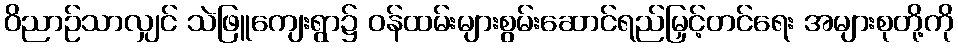
ဝိညာဉ်သာလျှင် သဲဖြူကျေးရွာ၌ ဝန်ထမ်းများစွမ်းဆောင်ရည်မြှင့်တင်ရေး အများစုတို့ကို